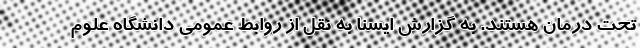
تحت درمان هستند. به گزارش ایسنا به نقل از روابط عمومی دانشگاه علوم